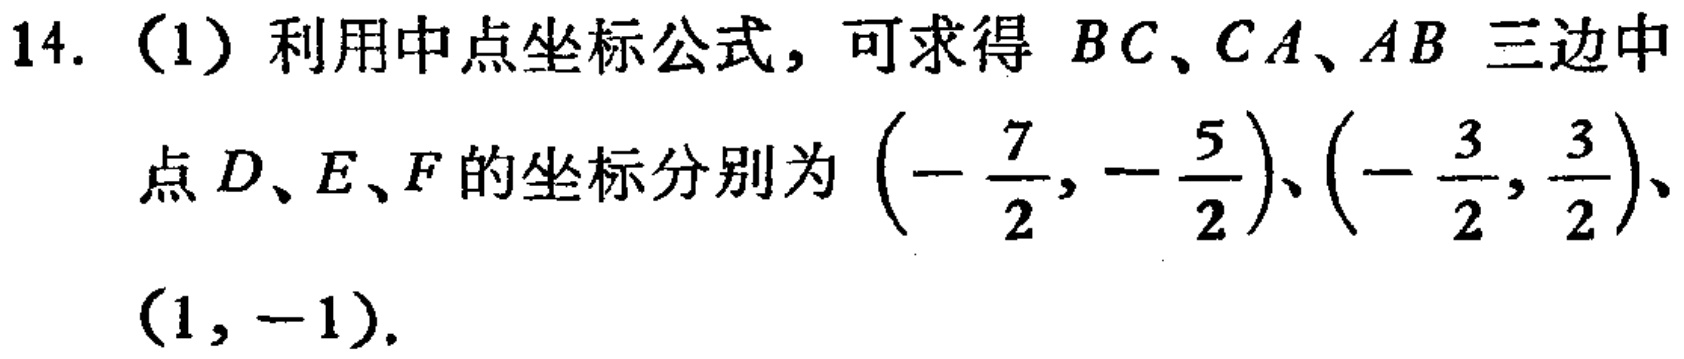
14.（1）利用中点坐标公式，可求得 \(BC、CA、AB\) 三边中点 \(D、E、F\) 的坐标分别为 \(\left(-\dfrac{7}{2},-\dfrac{5}{2}\right)\)、\(\left(-\dfrac{3}{2},\dfrac{3}{2}\right)\)、\((1,-1)\).